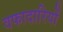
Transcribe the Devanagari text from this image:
वफादारियों